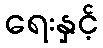
ရေးနှင့်